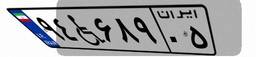
۵۶W۴۸۷۴۹